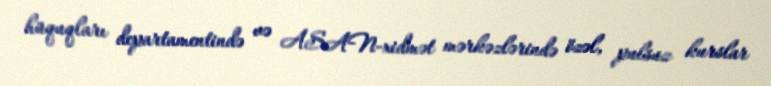
hüquqları departamentində və ASAN-xidmət mərkəzlərində özəl, pulsuz kurslar